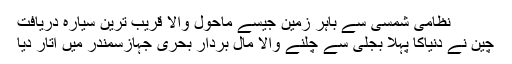
نظامی شمسی سے باہر زمین جیسے ماحول والا قریب ترین سیارہ دریافت
چین نے دنیاکا پہلا بجلی سے چلنے والا مال بردار بحری جہازسمندر میں اتار دیا